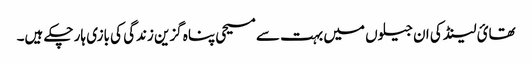
تھائ لینڈ کی ان جیلوں میں بہت سے مسیحی پناہ گزین زندگی کی بازی ہار چکے ہیں۔